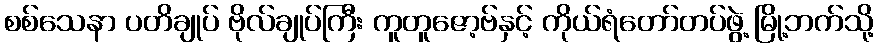
စစ်သေနာ ပတိချုပ် ဗိုလ်ချုပ်ကြီး ကူတူဇော့ဗ်နှင့် ကိုယ်ရံတော်တပ်ဖွဲ့ မြို့ဘက်သို့